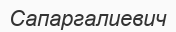
Сапаргалиевич